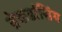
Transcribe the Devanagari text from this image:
ब्रेकडांसिंग